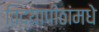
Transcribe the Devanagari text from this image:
विद्यापीठांमधे